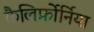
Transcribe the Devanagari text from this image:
कैलिर्फ़ोर्निया